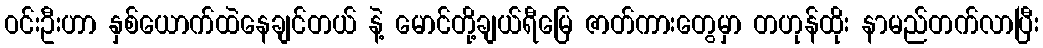
ဝင်းဦးဟာ နှစ်ယောက်ထဲနေချင်တယ် နဲ့ မောင်တို့ချယ်ရီမြေ ဇာတ်ကားတွေမှာ တဟုန်ထိုး နာမည်တက်လာပြီး